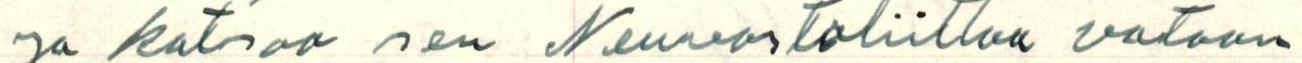
ja katsoo sen Neuvostoliittoa vastaan